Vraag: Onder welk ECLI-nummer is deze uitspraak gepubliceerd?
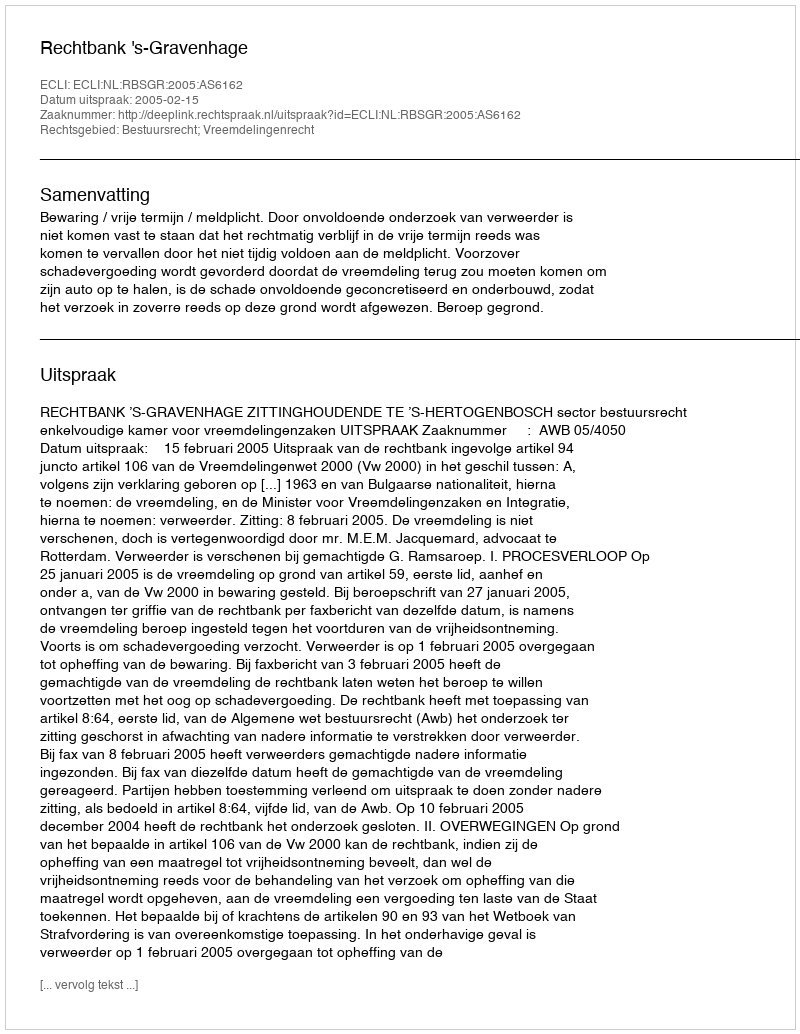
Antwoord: ECLI:NL:RBSGR:2005:AS6162